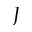
J